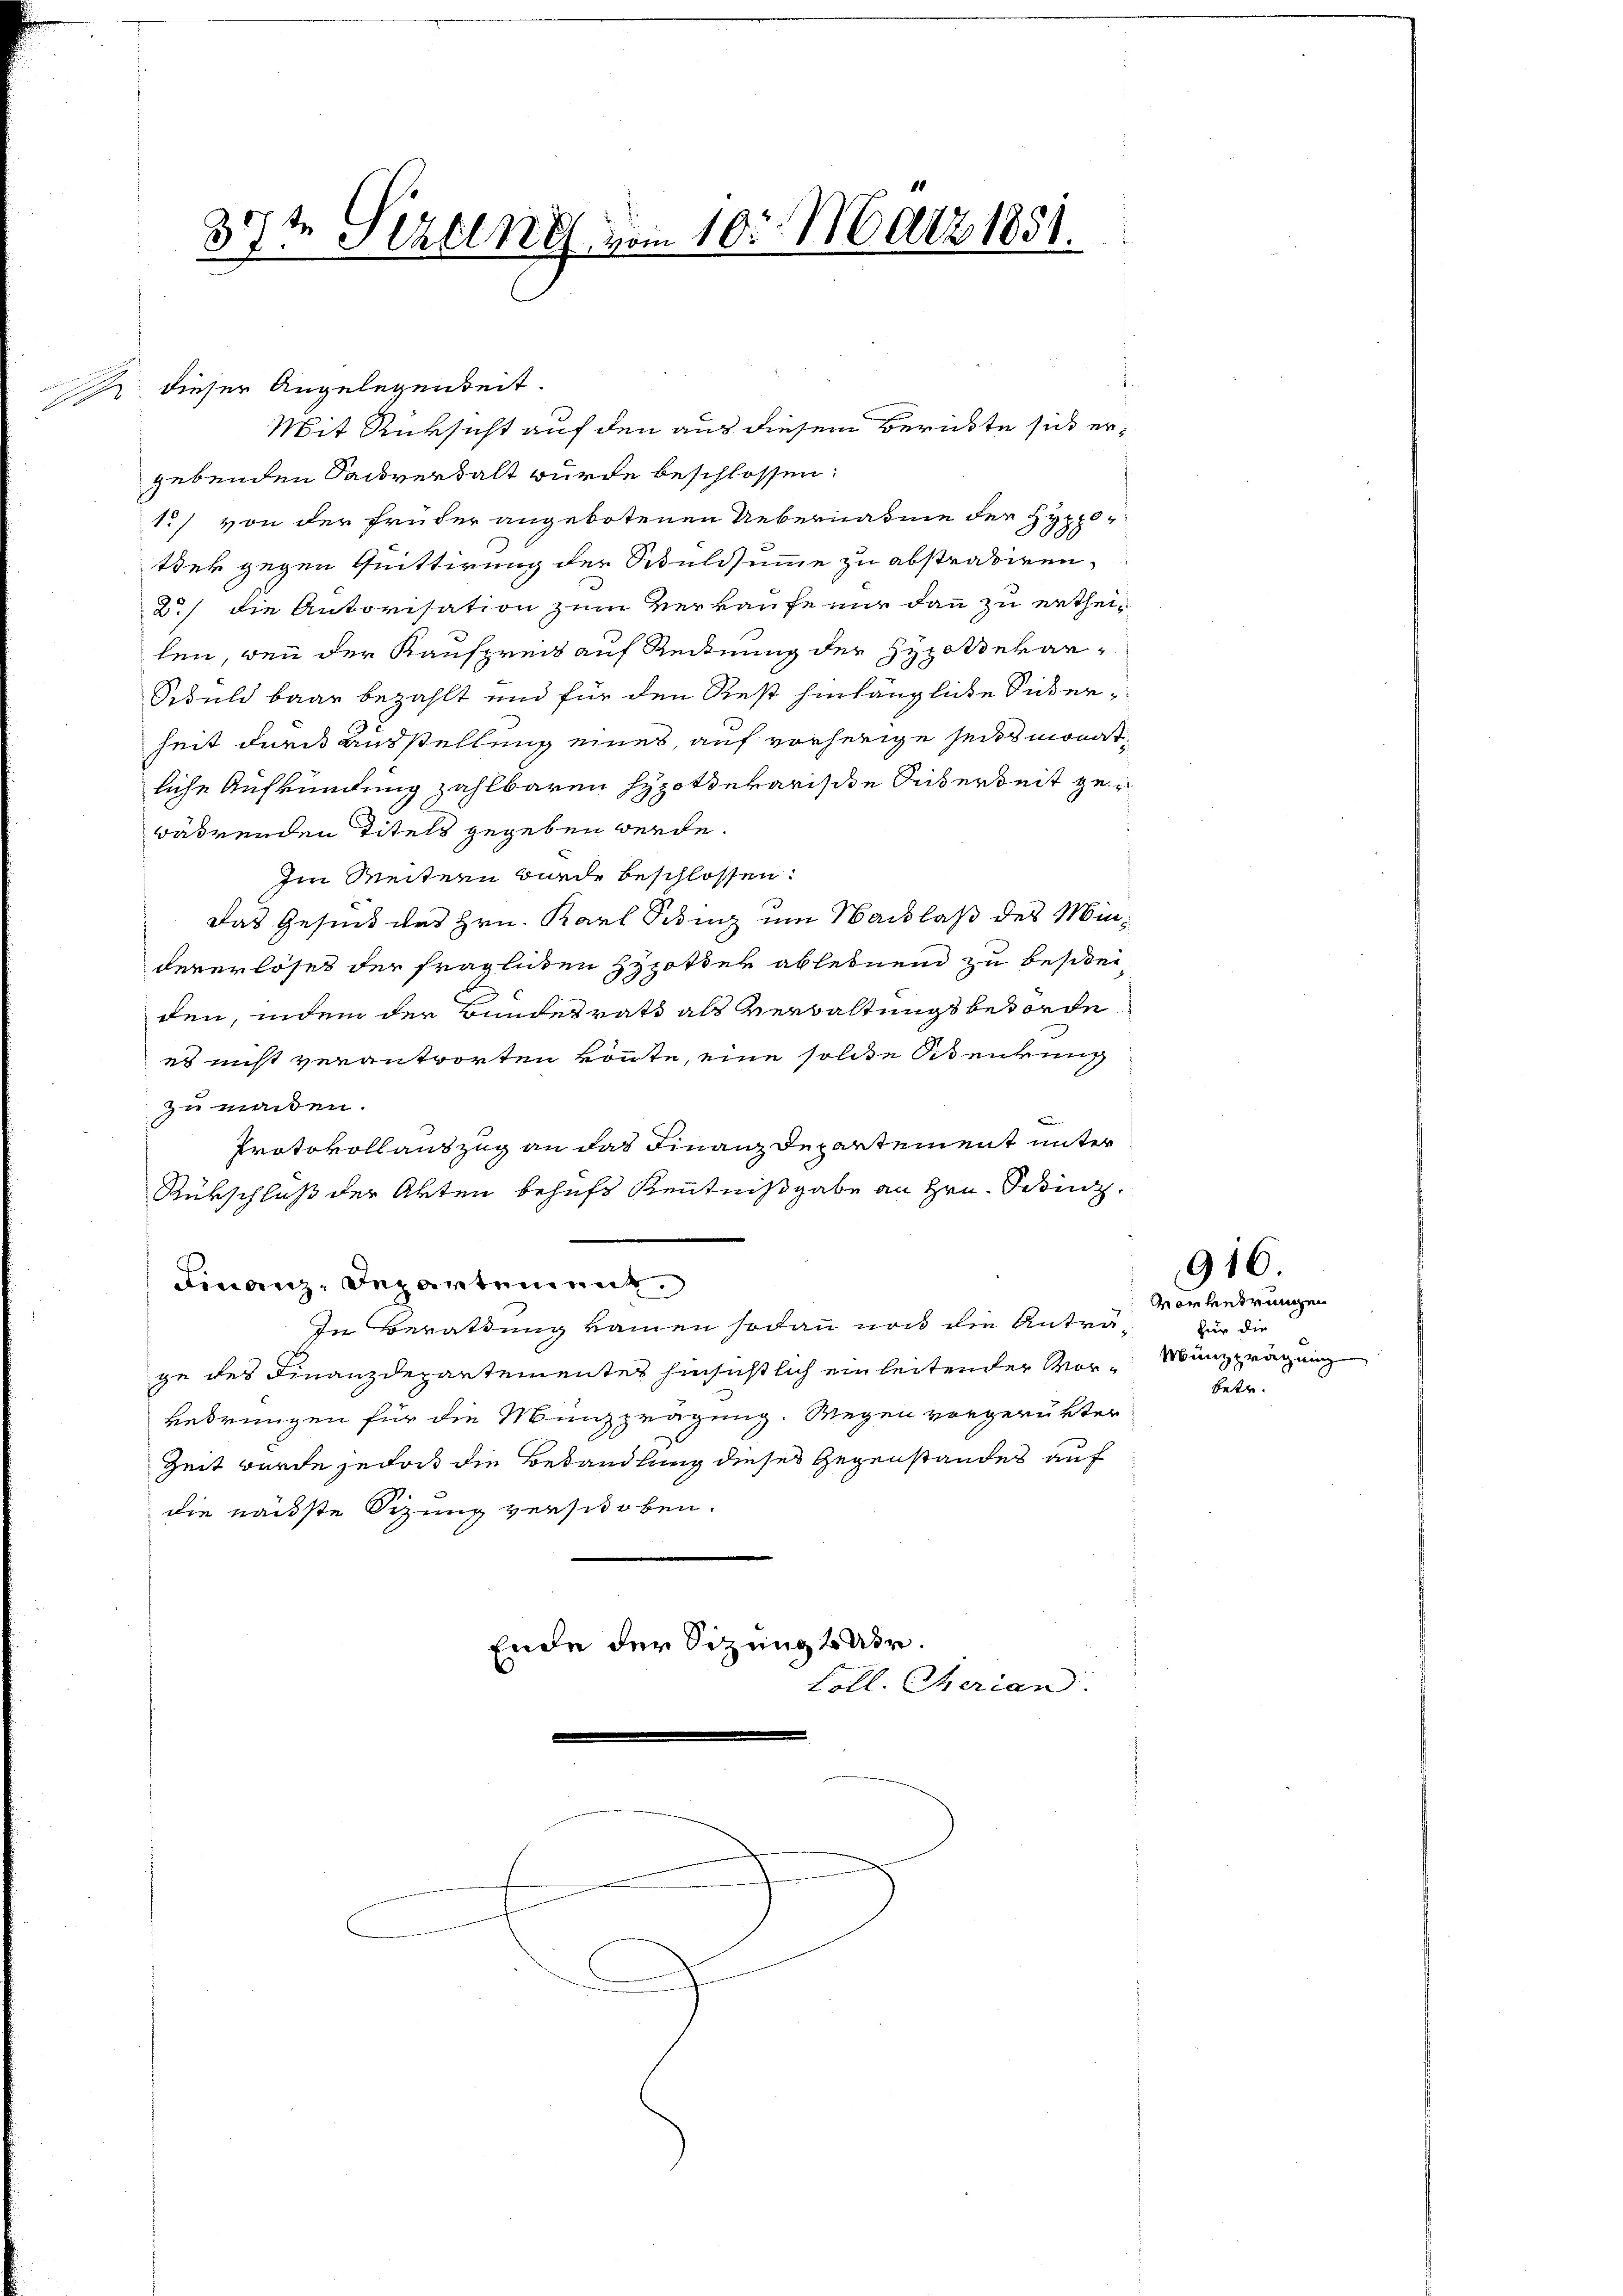
e

te Perung vom 10. März 1851.
37.
2

2 dieser Angelegenheit.
Mit Rüksicht auf den aus diesem Berichte sich ergebenden Sachverwalt wurde beschlossen:
1) von der früher angebotenen Uebernasnie der Hyp
tdek gegen Quittirung der Aduldsumme zu abstradiren,
2) die Autorisation zum Verkaufe nur dann zu ertheilen, wenn der Kaufpreis auf Reinung der Hypothekar-
Schuld baar bezahlt und für den Rest hinlängliche Sickerheit durch ausstellung eines, auf vorherige seits monatliche Aufkündung zahlbaren Hypothekarische Seiterbeit zuwährenden Titels gegeben werde.
Im Weitern wurde beschlossen:
Das Gesind des Hrn. Karl Sizenz um Nachlaß des Mindererlöses der fraglichen Hypotter ablehnend zu besteiden, indem der Bundesrath als Verwaltungsbehörde
es nicht verantworten könte, eine solche Stenkung
zu maden.
Protokollauszug an das Finanz Departement unter
Rükschluß der Akten behufs Kenntnißgabe an Hrn. Prinz
Finanz-Departement
In Berathung kamen sodann noch die Anträge des Finanzdepartementes hinsichtlich einleitender Vor¬
Bedrungen für die Münzprägung. Wegen vorgerükter
Zeit wurde jedoch die Behandlung dieses Gegenstandes auf
die nächste Sitzung verschoben.
Ende der Sitzung 4 Uhr.
Loll. Cherian

Vortendrungen
für die
Münzprägung
betr.

916.